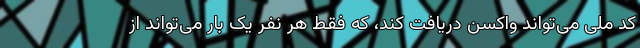
کد ملی می‌تواند واکسن دریافت کند، که فقط هر نفر یک بار می‌تواند از